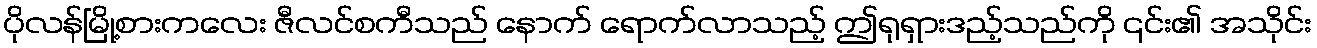
ပိုလန်မြို့စားကလေး ဇီလင်စကီသည် နောက် ရောက်လာသည့် ဤရုရှားဒည့်သည်ကို ၎င်း၏ အသိုင်း